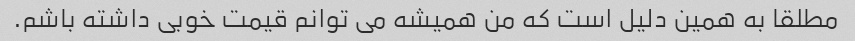
مطلقا به همین دلیل است که من همیشه می توانم قیمت خوبی داشته باشم.